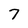
Character: 7